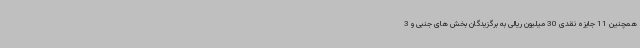
همچنین 11 جایزه نقدی 30 میلیون ریالی به برگزیدگان بخش های جنبی و 3